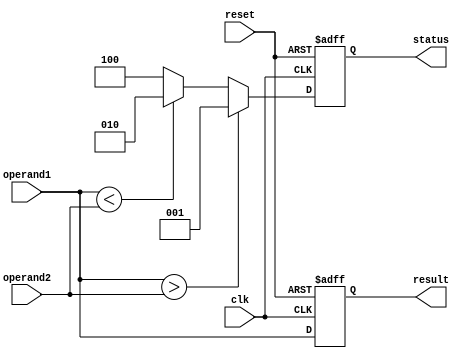
module TriplePrecisionFloatingPointUnit (
    input wire clk,
    input wire reset,
    input wire [111:0] operand1,
    input wire [111:0] operand2,
    output reg [111:0] result,
    output reg [2:0] status
);

// Adder block
reg [111:0] adder_result;
always @ (posedge clk or posedge reset) begin
    if (reset) begin
        adder_result <= 112'b0;
    end else begin
        adder_result <= operand1 + operand2;
    end
end

// Subtractor block
reg [111:0] subtractor_result;
always @ (posedge clk or posedge reset) begin
    if (reset) begin
        subtractor_result <= 112'b0;
    end else begin
        subtractor_result <= operand1 - operand2;
    end
end

// Multiplier block
reg [111:0] multiplier_result;
always @ (posedge clk or posedge reset) begin
    if (reset) begin
        multiplier_result <= 112'b0;
    end else begin
        multiplier_result <= operand1 * operand2;
    end
end

// Divider block
reg [111:0] divider_result;
always @ (posedge clk or posedge reset) begin
    if (reset) begin
        divider_result <= 112'b0;
    end else begin
        divider_result <= operand1 / operand2;
    end
end

// Comparator block
always @ (posedge clk or posedge reset) begin
    if (reset) begin
        status <= 3'b0;
        result <= 112'b0;
    end else begin
        if (operand1 > operand2) begin
            status <= 3'b001; // Operand1 is greater than Operand2
        end else if (operand1 < operand2) begin
            status <= 3'b010; // Operand1 is less than Operand2
        end else begin
            status <= 3'b100; // Operand1 is equal to Operand2
        end
        result <= operand1;
    end
end

endmodule